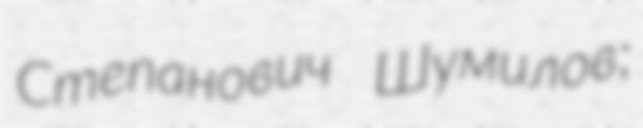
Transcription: Степанович Шумилов;